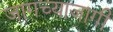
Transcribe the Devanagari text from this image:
जागच्याजागी